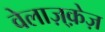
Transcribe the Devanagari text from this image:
वेलाज़्क़ेज़